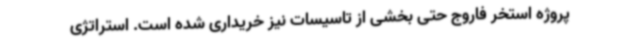
پروژه استخر فاروج حتی بخشی از تاسیسات نیز خریداری شده است. استراتژی